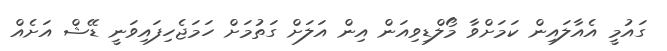
ގައުމީ އެއާލައިން ކަމަށްވާ މޯލްޑިވިއަން އިން އަލަށް ގަތުމަށް ހަމަޖެހިފައިވަނީ ޑޭޝް އަށެއް